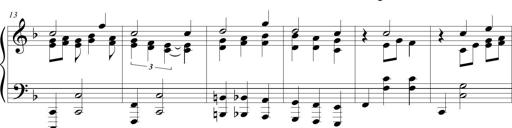
Title: Wallowing Wally
Composer: Michel Rondeau
Key: F major